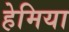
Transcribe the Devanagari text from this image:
हेमिया